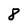
Character: 8